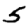
Digit: 5